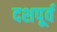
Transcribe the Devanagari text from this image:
दशपूर्व